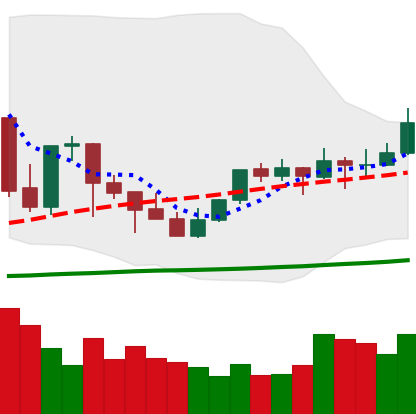
Ticker: TRX-USD
Chart end date: 2021-10-09
Forward return: -5.552%
Label: down_5_7